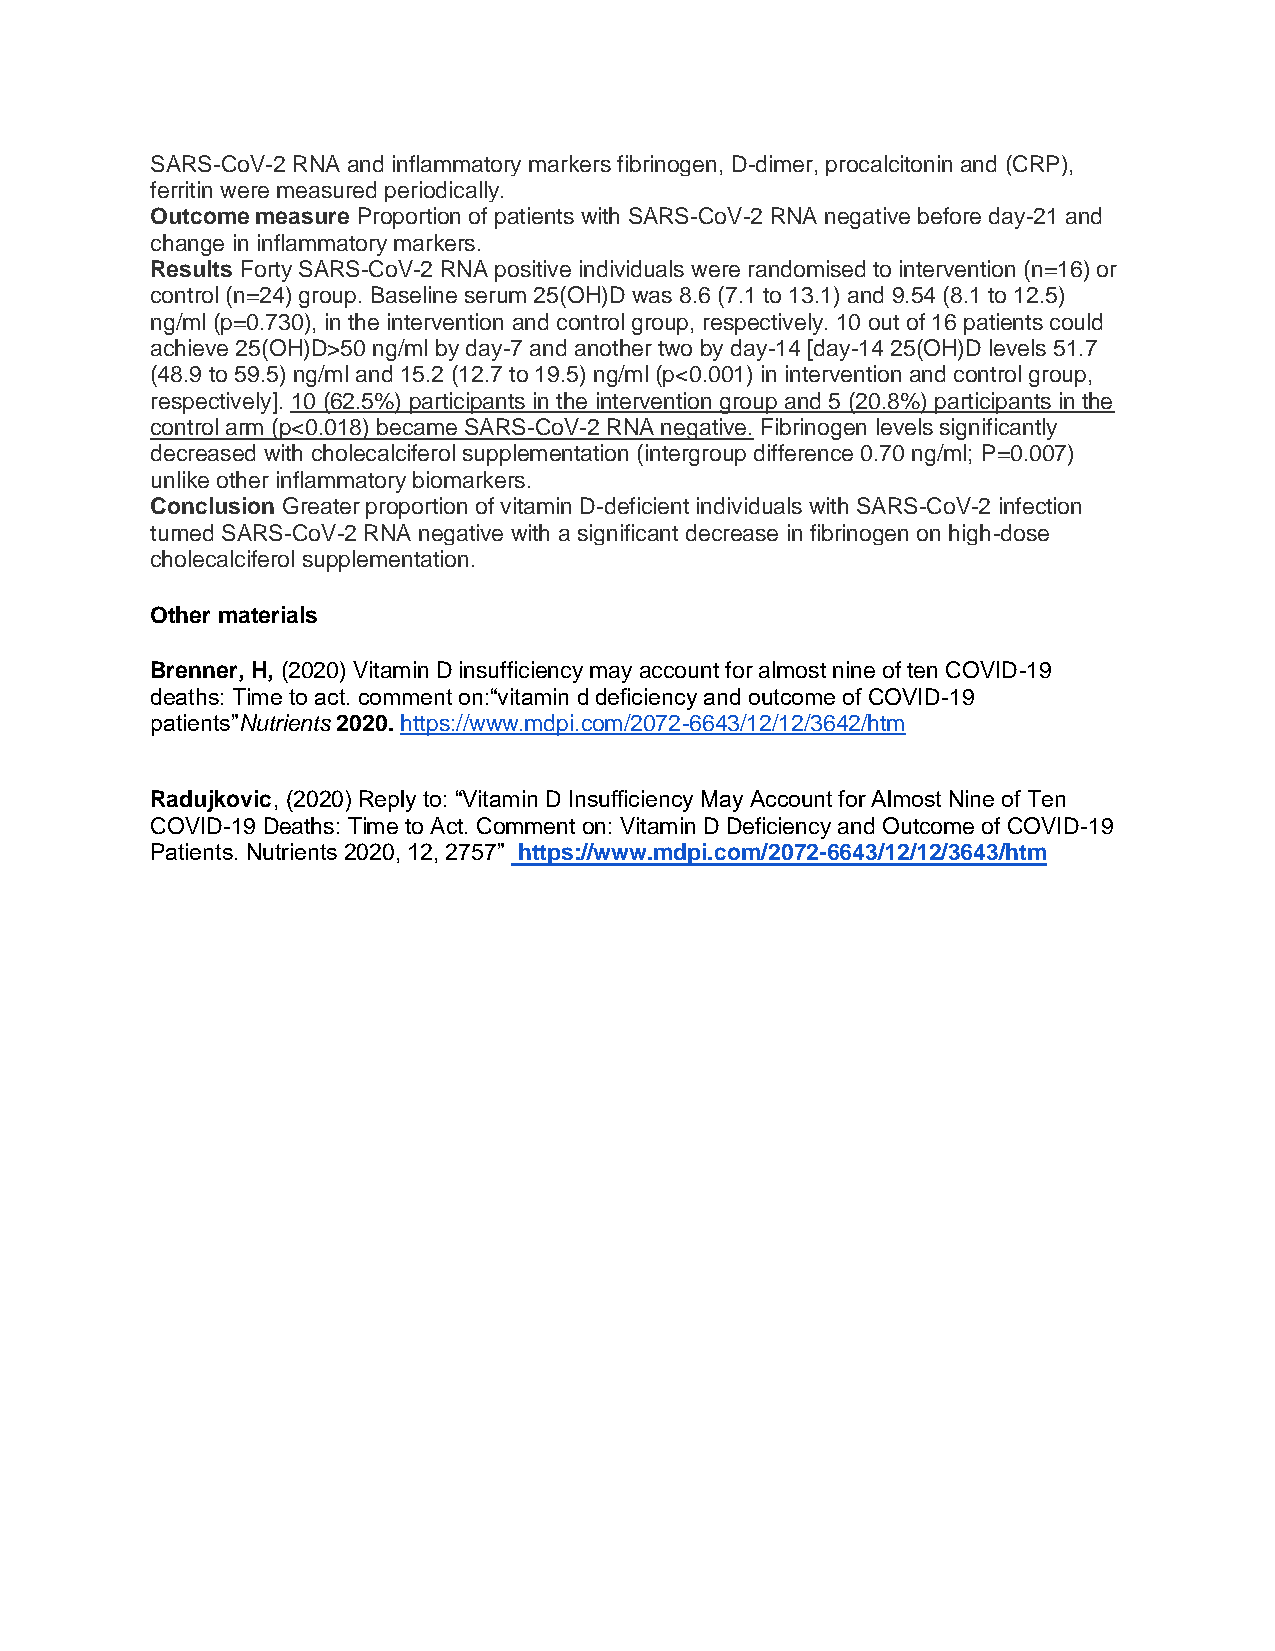
SARS-CoV-2 RNA and inflammatory markers fibrinogen, D-dimer, procalcitonin and (CRP),
 ferritin were measured periodically.
 Outcome measure Proportion of patients with SARS-CoV-2 RNA negative before day-21 and
 change in inflammatory markers.
 Results Forty SARS-CoV-2 RNA positive individuals were randomised to intervention (n=16) or
 control (n=24) group. Baseline serum 25(OH)D was 8.6 (7.1 to 13.1) and 9.54 (8.1 to 12.5)
 ng/ml (p=0.730), in the intervention and control group, respectively. 10 out of 16 patients could
 achieve 25(OH)D>50 ng/ml by day-7 and another two by day-14 [day-14 25(OH)D levels 51.7
 (48.9 to 59.5) ng/ml and 15.2 (12.7 to 19.5) ng/ml (p<0.001) in intervention and control group,
 respectively]. 10 (62.5%) participants in the intervention group and 5 (20.8%) participants in the
 control arm (p<0.018) became SARS-CoV-2 RNA negative. Fibrinogen levels significantly
 decreased with cholecalciferol supplementation (intergroup difference 0.70 ng/ml; P=0.007)
 unlike other inflammatory biomarkers.
 Conclusion Greater proportion of vitamin D-deficient individuals with SARS-CoV-2 infection
 turned SARS-CoV-2 RNA negative with a significant decrease in fibrinogen on high-dose
 cholecalciferol supplementation.
 Other materials
 Brenner, H, (2020) Vitamin D insufficiency may account for almost nine of ten COVID-19
 deaths: Time to act. comment on:“vitamin d deficiency and outcome of COVID-19
 patients”Nutrients 2020. https://www.mdpi.com/2072-6643/12/12/3642/htm
 Radujkovic, (2020) Reply to: “Vitamin D Insufficiency May Account for Almost Nine of Ten
 COVID-19 Deaths: Time to Act. Comment on: Vitamin D Deficiency and Outcome of COVID-19
 Patients. Nutrients 2020, 12, 2757” https://www.mdpi.com/2072-6643/12/12/3643/htm